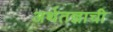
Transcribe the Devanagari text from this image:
अर्थतज्ञाची